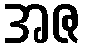
အဇ